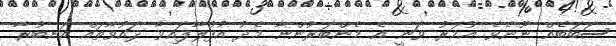
ސަބަބެއް ނޫނެވެ. އުމަރު ވަނީ އެ މެންބަރުންނާ މެދު އުފުލާފައިވާ ދައުވާތައް އަނބުރާ